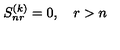
S _ { n r } ^ { ( k ) } = 0 , \quad r > n